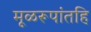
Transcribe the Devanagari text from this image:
मूळरूपांतहि